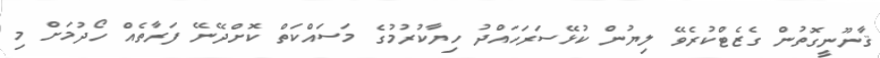
ޤާނޫނީގޮތުން ގެޒެޓްކުރެވޭ ލިޔުން ކުޅޭސަރަހައްދު ހިޔާކުރުމުގެ މަސައްކަތް ކޮށްދޭނޭ ފަރާތެއް ހޯދުމަށް މި